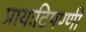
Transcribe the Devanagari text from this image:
प्रायःटिपण्णी